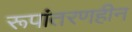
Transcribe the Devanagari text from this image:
रूपांतरणहीन